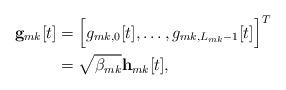
LaTeX: \begin{align*} \mathbf{g}_{mk}[t]&=\Bigl[ g_{mk,0}[t],\ldots, g_{mk,L_{mk}-1}[t] \Bigr] ^T\\&=\sqrt{\beta_{mk}} \mathbf{h}_{mk}[t],\end{align*}